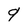
Character: 9